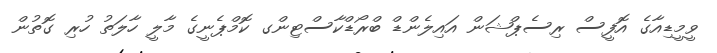
ވީމީޑިއާގެ އޮފީސް ރިސެޕްޝަން އައިލެންޑް ބްރޯޑްކާސްޓިންގ ކޮމްޕެނީގެ މާލީ ހާލަތު ހުރި ގޮތުން